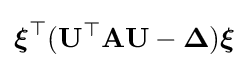
{\boldsymbol {\xi }}^{\top }(\mathbf {U} ^{\top }\mathbf {A} \mathbf {U} -{\boldsymbol {\Delta }}){\boldsymbol {\xi }}